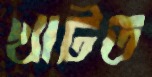
খাটত